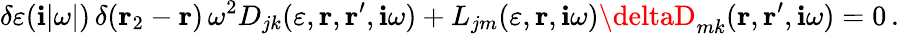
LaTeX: \delta\varepsilon(\mathbf{i}|\omega|)\, \delta({\mathbf{r}}_{2}-{\mathbf{r}})\, \omega^{2}D_{jk}(\varepsilon,{\mathbf{r}},{\mathbf{r}}^{\prime},\mathbf{i}\omega)+L_{jm}(\varepsilon,{\mathbf{r}},\mathbf{i}\omega)\deltaD_{mk}({\mathbf{r}},{\mathbf{r}}^{\prime},\mathbf{i}\omega)=0\, .